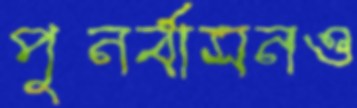
পুনর্বাসনও